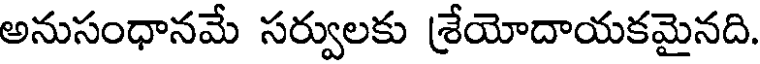
అనుసంధానమే సర్వులకు శ్రేయోదాయకమైనది.